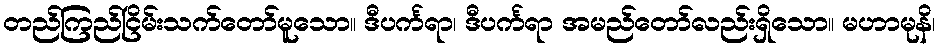
တည်ကြည်ငြိမ်းသက်တော်မူသော။ ဒီပင်္ကရာ၊ ဒီပင်္ကရာ အမည်တော်လည်းရှိသော။ မဟာမုနိ၊